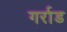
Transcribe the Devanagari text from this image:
गर्राड